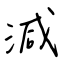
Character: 減